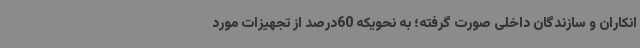
انکاران و سازندگان داخلی صورت گرفته؛ به نحویکه 60درصد از تجهیزات مورد